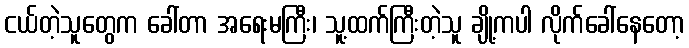
ငယ်တဲ့သူတွေက ခေါ်တာ အရေးမကြီး၊ သူ့ထက်ကြီးတဲ့သူ ချို့ကပါ လိုက်ခေါ်နေတော့